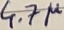
Text: 4.7µ